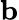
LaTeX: \boldsymbol{\mathrm{b}}